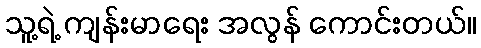
သူ့ရဲ့ ကျန်းမာရေး အလွန် ကောင်းတယ်။